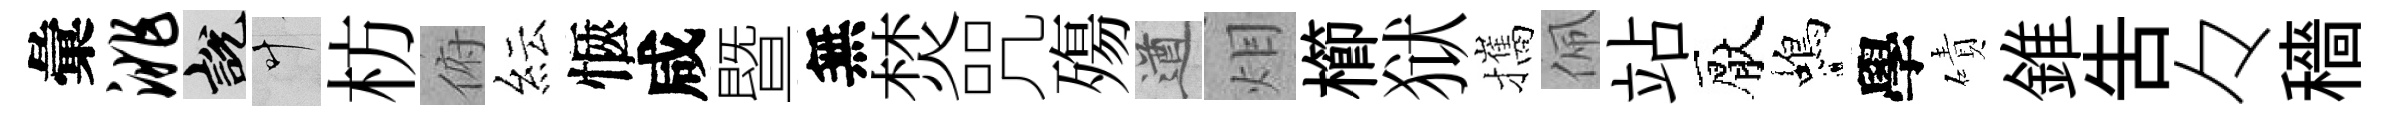
彙洮説叶枋俯紜愜咸暨無焚咒殤遒𤇆櫛狱攜佩站厭蝎學磧錐吿々穡